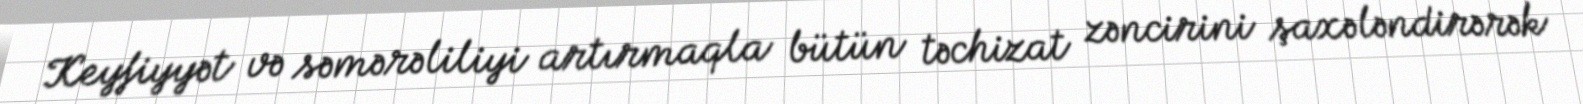
Keyfiyyət və səmərəliliyi artırmaqla bütün təchizat zəncirini şaxələndirərək